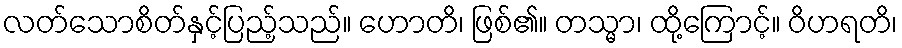
လတ်သောစိတ်နှင့်ပြည့်သည်။ ဟောတိ၊ ဖြစ်၏။ တသ္မာ၊ ထို့ကြောင့်။ ဝိဟရတိ၊